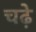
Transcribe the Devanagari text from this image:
चढे़